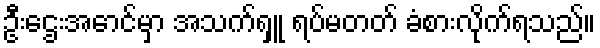
ဦးဌေးအောင်မှာ အသက်ရှူ ရပ်မတတ် ခံစားလိုက်ရသည်။